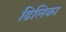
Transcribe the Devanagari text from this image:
ढिलिका